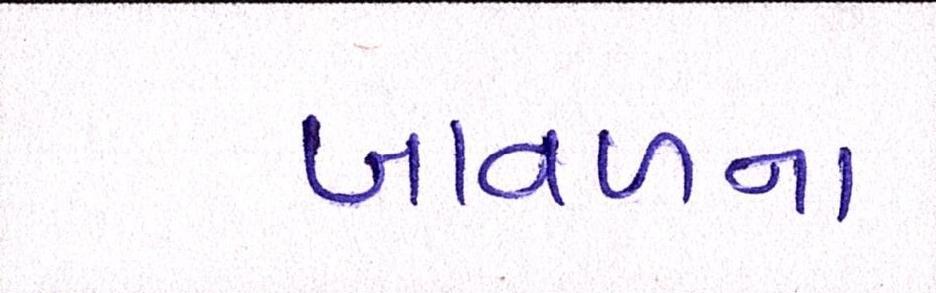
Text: બાવળના